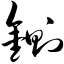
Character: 铡